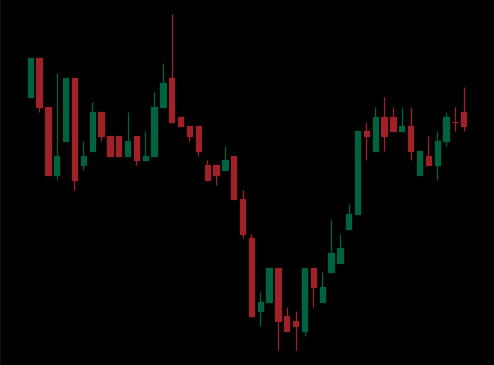
Pattern: inverse_head_shoulders